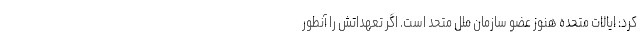
کرد: ایالات متحده هنوز عضو سازمان ملل متحد است. اگر تعهداتش را آنطور